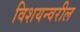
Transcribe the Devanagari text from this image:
विशयन्वरील